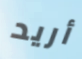
أريد